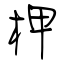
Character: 柙